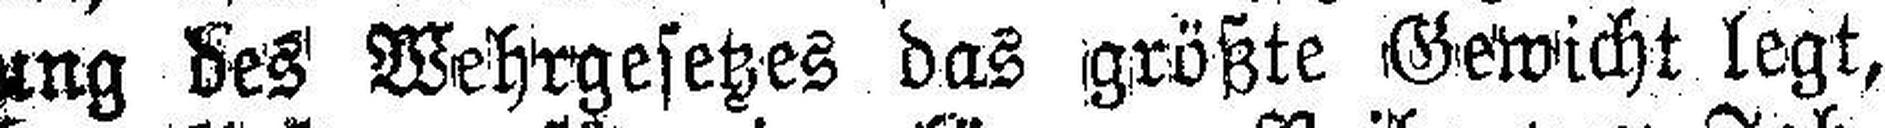
gung des Wehrgesetzes das größte Gewicht legt,